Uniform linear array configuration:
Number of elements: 12
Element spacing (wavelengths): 0.25
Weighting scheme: kaiser
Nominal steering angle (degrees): -15
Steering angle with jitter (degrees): -16.791
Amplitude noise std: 0.05
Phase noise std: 0.05

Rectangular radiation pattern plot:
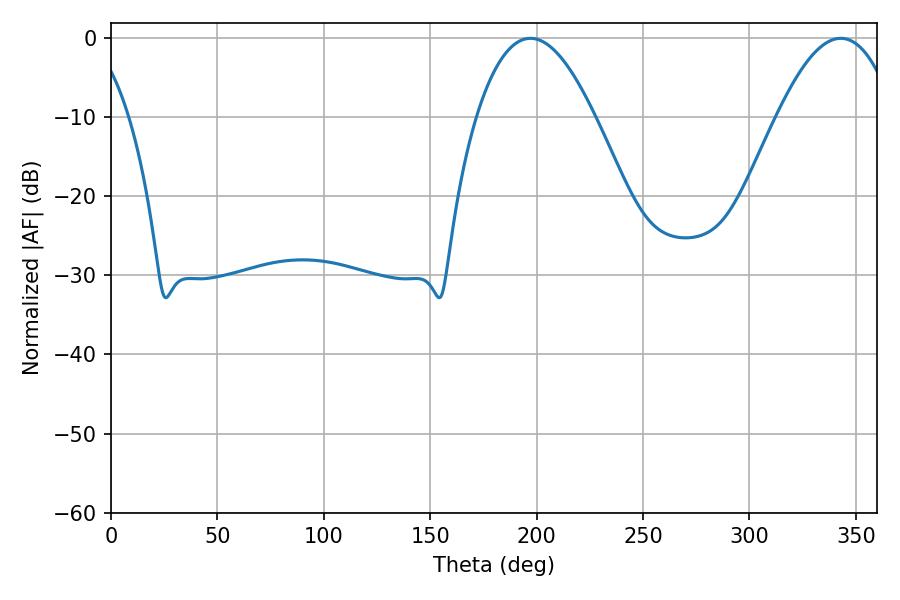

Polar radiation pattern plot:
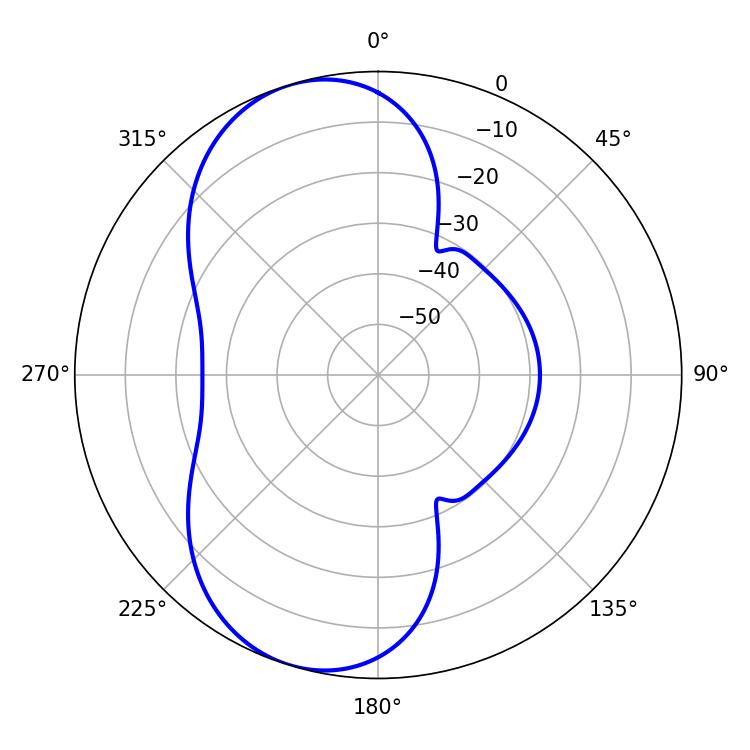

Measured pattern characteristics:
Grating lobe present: FALSE
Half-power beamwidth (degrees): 30.6
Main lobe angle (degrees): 342.9